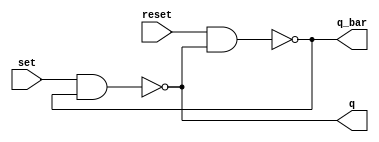
module rs_latch(q, q_bar, reset, set);
   input reset, set;
   output q, q_bar;

   nand(q_bar, reset, q);
   nand(q, set, q_bar);
   
endmodule // rs_latch